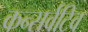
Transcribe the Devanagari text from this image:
कन्सर्वटिव